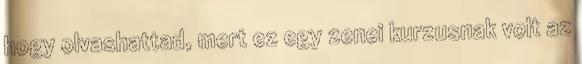
hogy olvashattad, mert ez egy zenei kurzusnak volt az